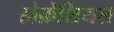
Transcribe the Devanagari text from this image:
होफ़ेशियल